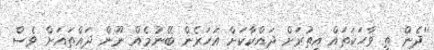
''ދެން ތި ވާހަކަތައް އިތުރަށް ދައްކާކަށް އަހަރެން ބޭނުމެއް ނޫން ދައްތައަށް ވެސް